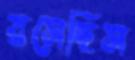
রসেছিস